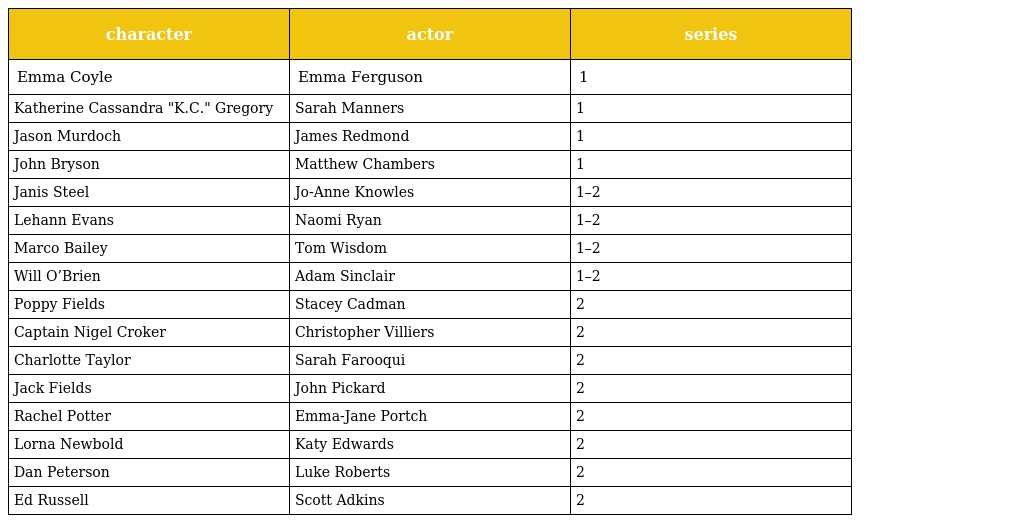
| character | actor | series |
 | --- | --- | --- |
 | Emma Coyle | Emma Ferguson | 1 |
 | Katherine Cassandra "K.C." Gregory | Sarah Manners | 1 |
 | Jason Murdoch | James Redmond | 1 |
 | John Bryson | Matthew Chambers | 1 |
 | Janis Steel | Jo-Anne Knowles | 1–2 |
 | Lehann Evans | Naomi Ryan | 1–2 |
 | Marco Bailey | Tom Wisdom | 1–2 |
 | Will O’Brien | Adam Sinclair | 1–2 |
 | Poppy Fields | Stacey Cadman | 2 |
 | Captain Nigel Croker | Christopher Villiers | 2 |
 | Charlotte Taylor | Sarah Farooqui | 2 |
 | Jack Fields | John Pickard | 2 |
 | Rachel Potter | Emma-Jane Portch | 2 |
 | Lorna Newbold | Katy Edwards | 2 |
 | Dan Peterson | Luke Roberts | 2 |
 | Ed Russell | Scott Adkins | 2 |